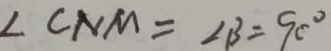
\angle C N M = \angle B = 9 0 ^ { \circ }